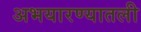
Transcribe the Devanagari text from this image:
अभयारण्यातली